Annual report on the working of the lock hospitals in the Central Provinces
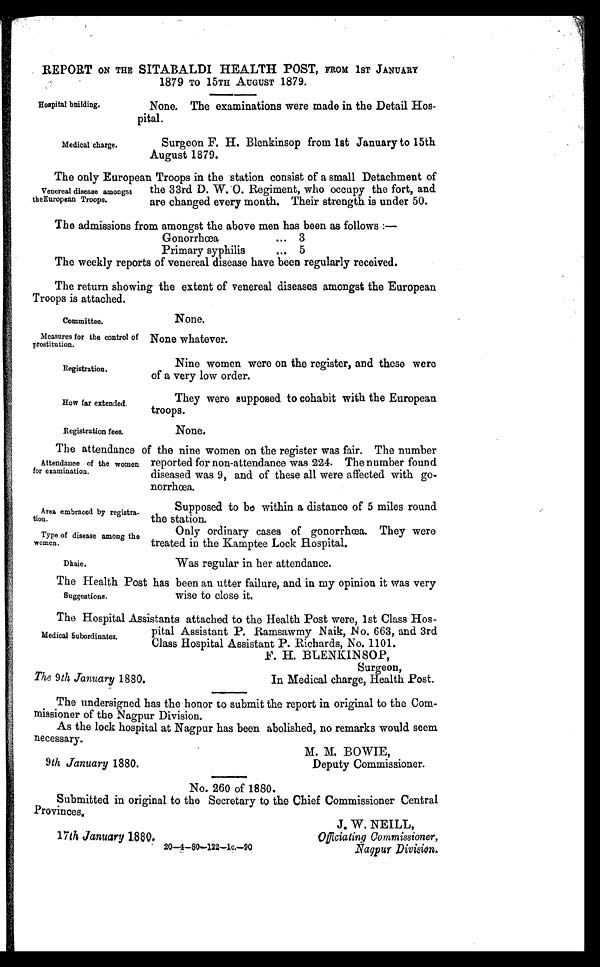
Area embraced by registra
tion.
Type of disease among the
women.
Dhaie.
The 9 th January 1880.
surgeon,
In Medical charge, Health Post.
9 th January 1880.
M. M. BOWIE,
Deputy Commissioner.
REPORT ON THE SITABALDI HEALTH POST, FROM 1ST JANUARY
1879 TO 15TH AUGUST 1879.
Hospital building.
Medical charge.
None. The examinations were made in the Detail Hos
pital.
Surgeon F. H. Blenkinsop from 1st January to 15th
August 1879.
The only European Troops in the station consist of a small Detachment .of
the 33rd D. W. 0. Regiment, who occupy the fort, and
are changed every month. Their strength is under 50.
The admissions from amongst the above men has been as follows :—
Gonorrhœa
... 3
Primary syphilis
...
5
The weekly reports of venereal disease have been regularly received.
The return showing the extent of venereal diseases amongst the European
Troons is attached.
Venereal disease amongst
theEuropean Troops.
Committee.
Measures for the control of
prostitution.
Registration.
How far extended.
Registration fees.
None.
None whatever.
Nine women were on the register, and these were
of a very low order.
They were supposed to cohabit with the European
troops.
None.
The attendance of the nine women on the register was fair. The number
reported for non-attendance was 224. The number found
diseased was 9 , and of these all were affected with go
norrhœa.
Attendance of the women
for examination.
Supposed to be within a distance of 5 miles round
the station.
Only ordinary cases of gonorrhœa. They were
treated in the Kamptee Lock Hospital.
Was regular in her attendance.
The Health Post has been an utter failure, and in my opinion it was very
wise to close it.
The Hospital Assistants attached to the Health Post were, 1st Class Hos-
pital Assistant P. Ramsawmy Naik, No. 663, and 3rd
Class Hospital Assistant P. Richards, No. 1101.
F. H. BLENKIN SOP,
Suggestions.
Medical Subordinates,
The undersigned has the honor to submit the report in original to the Com
missioner of the Nagpur Division.
As the lock hospital at Nagpur has been abolished, no remarks would seem
necessary.
No. 260 of 1880.
Submitted in original to the Secretary to the Chief Commissioner Central
Provinces
17th January 1680.
20—4—80—122—1c,—90
J. W. NEILL,
Officiating Commissioner,
Nagpur Division.